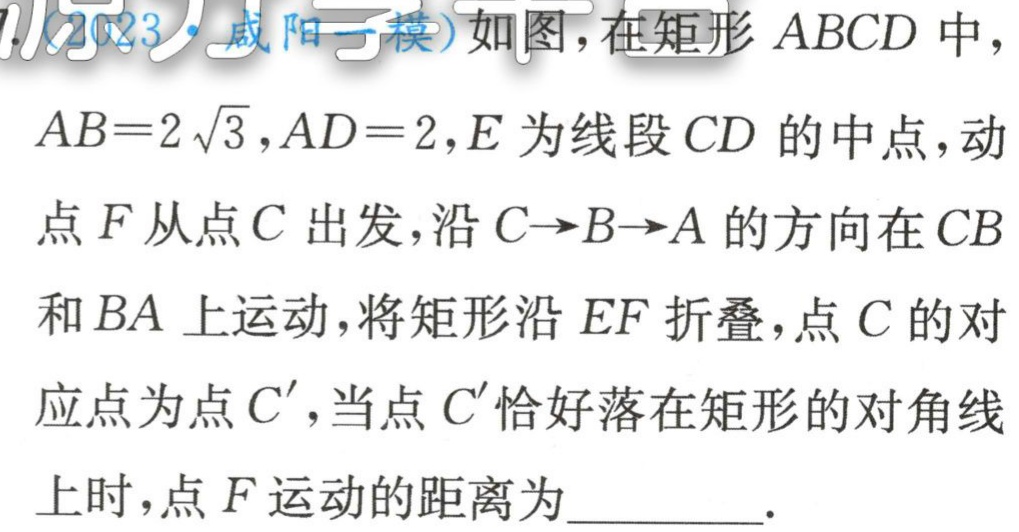
(2023·咸阳一模)如图，在矩形 \(ABCD\) 中，\(AB = 2\sqrt{3}\)，\(AD = 2\)，\(E\) 为线段 \(CD\) 的中点，动点 \(F\) 从点 \(C\) 出发，沿 \(C \to B \to A\) 的方向在 \(CB\) 和 \(BA\) 上运动，将矩形沿 \(EF\) 折叠，点 \(C\) 的对应点为点 \(C'\)，当点 \(C'\) 恰好落在矩形的对角线上时，点 \(F\) 运动的距离为  。